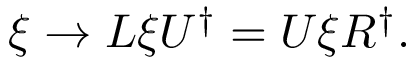
\xi \rightarrow L \xi U ^ { \dagger } = U \xi R ^ { \dagger } .